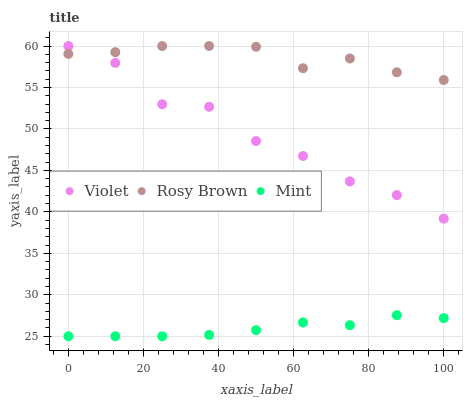
| xaxis_label | Violet | Rosy Brown | Mint |
 | --- | --- | --- | --- |
 | 0 | 60 | 59 | 25 |
 | 12.5 | 58 | 59.3 | 25 |
 | 25 | 53 | 60 | 25 |
 | 37.5 | 52.7 | 60 | 25.2 |
 | 50 | 48.5 | 59.9 | 25.7 |
 | 62.5 | 46.7 | 57.3 | 26.7 |
 | 75 | 43.7 | 58.5 | 26.3 |
 | 87.5 | 42 | 56.8 | 27.5 |
 | 100 | 39.2 | 55.9 | 27.2 |